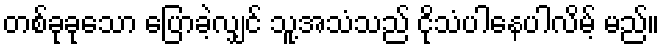
တစ်ခုခုသော ပြောခဲ့လျှင် သူ့အသံသည် ငိုသံပါနေပါလိမ့် မည်။